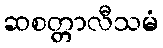
ဆစတ္တာလီသမံ